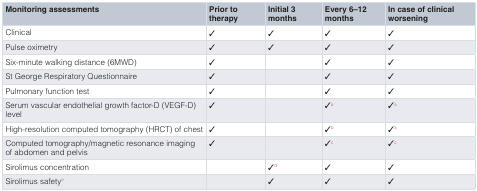
<table><thead><tr><td><b>Monitoring assessments</b></td><td><b>Prior totherapy</b></td><td><b>Initial 3months</b></td><td><b>Every 6–12months</b></td><td><b>In case of clinicalworsening</b></td></tr></thead><tbody><tr><td>Clinical</td><td>✓</td><td>✓</td><td>✓</td><td>✓</td></tr><tr><td>Pulse oximetry</td><td>✓</td><td>✓</td><td>✓</td><td>✓</td></tr><tr><td>Six-minute walking distance (6MWD)</td><td>✓</td><td></td><td>✓</td><td>✓</td></tr><tr><td>St George Respiratory Questionnaire</td><td>✓</td><td></td><td>✓</td><td>✓</td></tr><tr><td>Pulmonary function test</td><td>✓</td><td></td><td>✓</td><td>✓</td></tr><tr><td>Serum vascular endothelial growth factor-D (VEGF-D)level</td><td>✓</td><td></td><td>✓<sup>a</sup></td><td>✓<sup>a</sup></td></tr><tr><td>High-resolution computed tomography (HRCT) of chest</td><td>✓</td><td></td><td>✓<sup>b</sup></td><td>✓<sup>a</sup></td></tr><tr><td>Computed tomography/magnetic resonance imagingof abdomen and pelvis</td><td>✓</td><td></td><td>✓<sup>c</sup></td><td>✓<sup>c</sup></td></tr><tr><td>Sirolimus concentration</td><td></td><td>✓<sup>d</sup></td><td>✓</td><td>✓</td></tr><tr><td>Sirolimus safety<sup>e</sup></td><td></td><td>✓</td><td>✓</td><td>✓</td></tr></tbody></table>